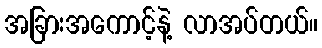
အခြားအကောင့်နဲ့ လာအပ်တယ်။